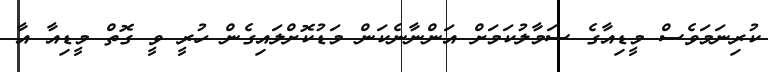
ކުރިނަމަވެސް މީޑިއާގެ ސަމާލުކަމަށް އަންނާނެކަން މަޑުކޮށްލައިގެން ހުރީ ވީ ގޮތް މީޑިއާ އާ